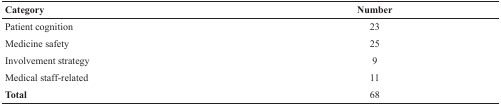
<table><thead><tr><td><b>Category</b></td><td><b>Number</b></td></tr></thead><tbody><tr><td>Patient cognition</td><td>23</td></tr><tr><td>Medicine safety</td><td>25</td></tr><tr><td>Involvement strategy</td><td>9</td></tr><tr><td>Medical staff-related</td><td>11</td></tr><tr><td><b>Total</b></td><td>68</td></tr></tbody></table>